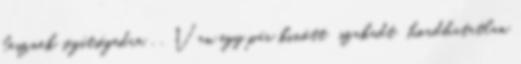
lesznek segítségedre. . . Van egy pár kinőtt szakadt hordhatatlan